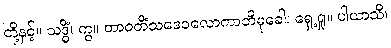
တို့နှင့်။ သဒ္ဓိံ၊ ကွ။ တာဝတိံသဒေဝလောကာဘိမုခေါ၊ ရှေ့ရှု။ ပါယာသိ၊